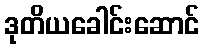
ဒုတိယခေါင်းဆောင်